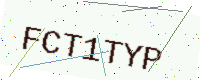
Text: FCT1TYP